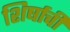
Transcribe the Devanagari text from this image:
शिर्षाची